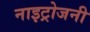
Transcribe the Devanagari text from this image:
नाइट्रोजनी